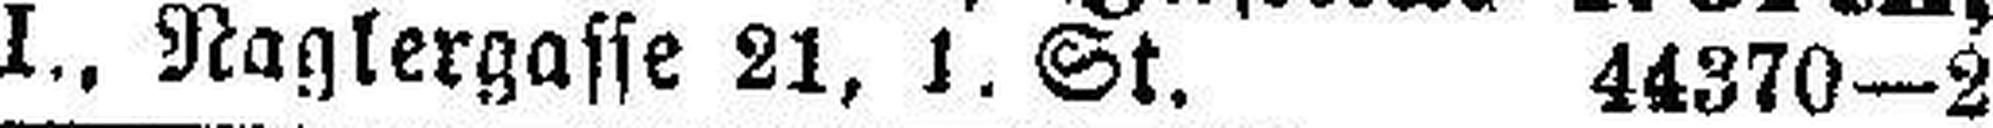
I., Naglergasse 21, 1. St. 44370—2